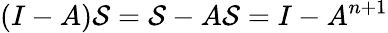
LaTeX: (I-A)\mathcal{S}=\mathcal{S}-A\mathcal{S}=I-A^{n+1}